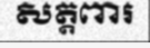
សត្តពារ